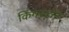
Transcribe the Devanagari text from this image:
किंगस्टोन